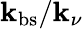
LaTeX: \mathbf{k}_{\mathrm{{bs}}}/\mathbf{k}_{\nu}